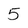
Character: 5